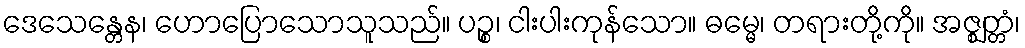
ဒေသေန္တေန၊ ဟောပြောသောသူသည်။ ပဉ္စ၊ ငါးပါးကုန်သော။ ဓမ္မေ၊ တရားတို့ကို။ အဇ္ဈတ္တံ၊